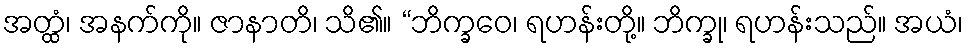
အတ္ထံ၊ အနက်ကို။ ဇာနာတိ၊ သိ၏။ “ဘိက္ခဝေ၊ ရဟန်းတို့။ ဘိက္ခု၊ ရဟန်းသည်။ အယံ၊